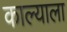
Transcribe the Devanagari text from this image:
काल्याला